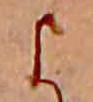
よ